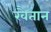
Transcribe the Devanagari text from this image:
खैतान